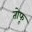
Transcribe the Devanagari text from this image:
तोफू